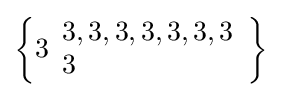
\left\{3{\begin{array}{l}3,3,3,3,3,3,3\\3\end{array}}\right\}